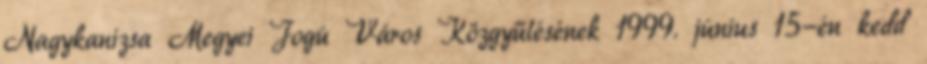
Nagykanizsa Megyei Jogú Város Közgyűlésének 1999. június 15-én kedd